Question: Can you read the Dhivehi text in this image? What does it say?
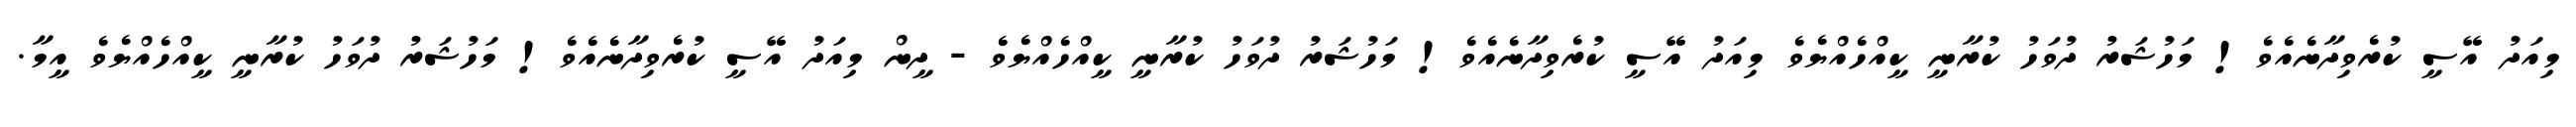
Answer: މިއަދު އޭސީ ކުރެވިދާނެއެވެ! މަހުޝަރު ދުވަހު ކުރާނީ ކީއްހެއްޔެވެ މިއަދު އޭސީ ކުރެވިދާނެއެވެ! މަހުޝަރު ދުވަހު ކުރާނީ ކީއްހެއްޔެވެ - ދީން މިއަދު އޭސީ ކުރެވިދާނެއެވެ! މަހުޝަރު ދުވަހު ކުރާނީ ކީއްހެއްޔެވެ އީމާ.